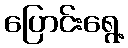
ပြောင်းရွေ့